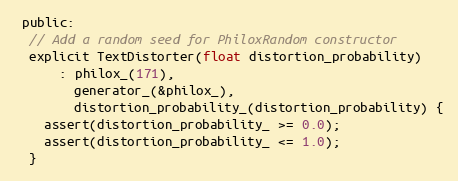
Language: C
 public:
  // Add a random seed for PhiloxRandom constructor
  explicit TextDistorter(float distortion_probability)
      : philox_(171),
        generator_(&philox_),
        distortion_probability_(distortion_probability) {
    assert(distortion_probability_ >= 0.0);
    assert(distortion_probability_ <= 1.0);
  }